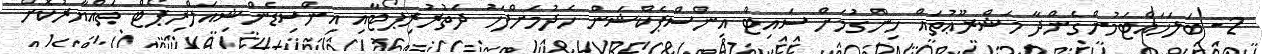
2- ބަލަހައްޓަމުންގެންދާ މަޝްރޫޢުތައް ހިންގުމަށް ސައިޓް އިންސްޕެކްޝަން ހެދުމަށްފަހު ދަތުރުރިޕޯޓާއި އިންސިޑެންޝިއަލްރިޕޯޓް ތައްޔާރުކޮށް